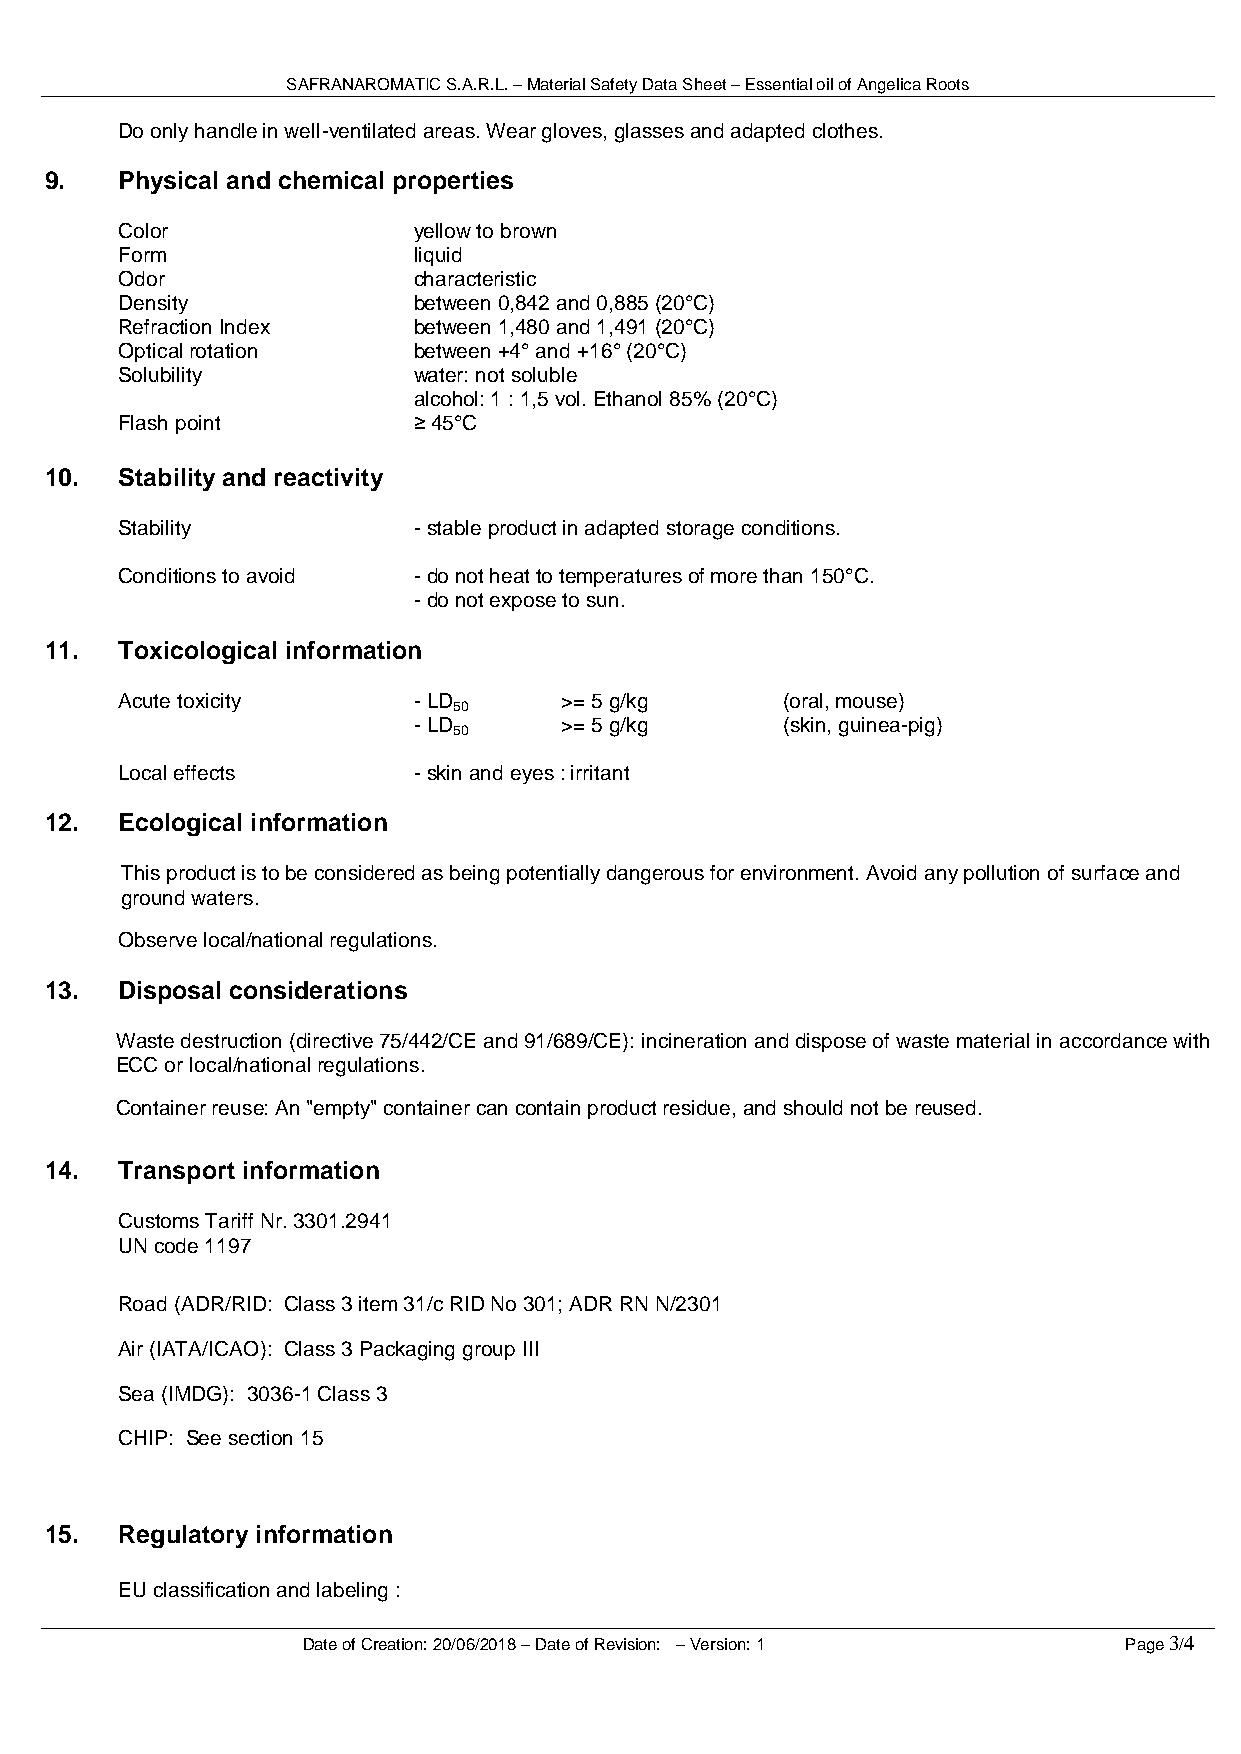
SAFRANAROMATIC S.A.R.L. – Material Safety Data Sheet – Essential oil of Angelica Roots
 Do only handle in well-ventilated areas. Wear gloves, glasses and adapted clothes.
 9.   Physical and chemical properties
 Color              yellow to brown
 Form               liquid
 Odor               characteristic
 Density            between 0,842 and 0,885 (20°C)
 Refraction Index   between 1,480 and 1,491 (20°C)
 Optical rotation   between +4° and +16° (20°C)
 Solubility         water: not soluble
 alcohol: 1 : 1,5 vol. Ethanol 85% (20°C)
 Flash point        ≥ 45°C
 10.  Stability and reactivity
 Stability          - stable product in adapted storage conditions.
 Conditions to avoid - do not heat to temperatures of more than 150°C.
 - do not expose to sun.
 11.  Toxicological information
 Acute toxicity     - LD      >= 5 g/kg      (oral, mouse)
 50
 - LD      >= 5 g/kg      (skin, guinea-pig)
 50
 Local effects      - skin and eyes : irritant
 12.  Ecological information
 This product is to be considered as being potentially dangerous for environment. Avoid any pollution of surface and
 ground waters.
 Observe local/national regulations.
 13.  Disposal considerations
 Waste destruction (directive 75/442/CE and 91/689/CE): incineration and dispose of waste material in accordance with
 ECC or local/national regulations.
 Container reuse: An "empty" container can contain product residue, and should not be reused.
 14.  Transport information
 Customs Tariff Nr. 3301.2941
 UN code 1197
 Road (ADR/RID: Class 3 item 31/c RID No 301; ADR RN N/2301
 Air (IATA/ICAO): Class 3 Packaging group III
 Sea (IMDG): 3036-1 Class 3
 CHIP: See section 15
 15.  Regulatory information
 EU classification and labeling :
 Date of Creation: 20/06/2018 – Date of Revision: – Version: 1 Page 3/4